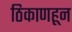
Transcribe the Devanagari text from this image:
ठिकाणहून